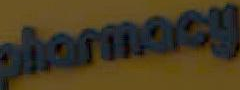
pharmacy